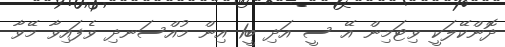
ދޮންކޭލަކީ ވިޓަމިން އޭ ސީ އަދި ބީ1 އިން މުއްސަނދި ވެފައިވާ މޭވާ